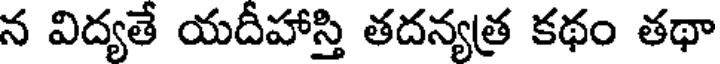
న విద్యతే యదీహాస్తి తదన్యత్ర కథం తథా